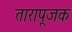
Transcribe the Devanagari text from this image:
तारापूजक